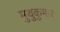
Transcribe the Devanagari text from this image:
मुथुकुमार